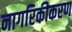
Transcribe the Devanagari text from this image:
नागरिकीकरण